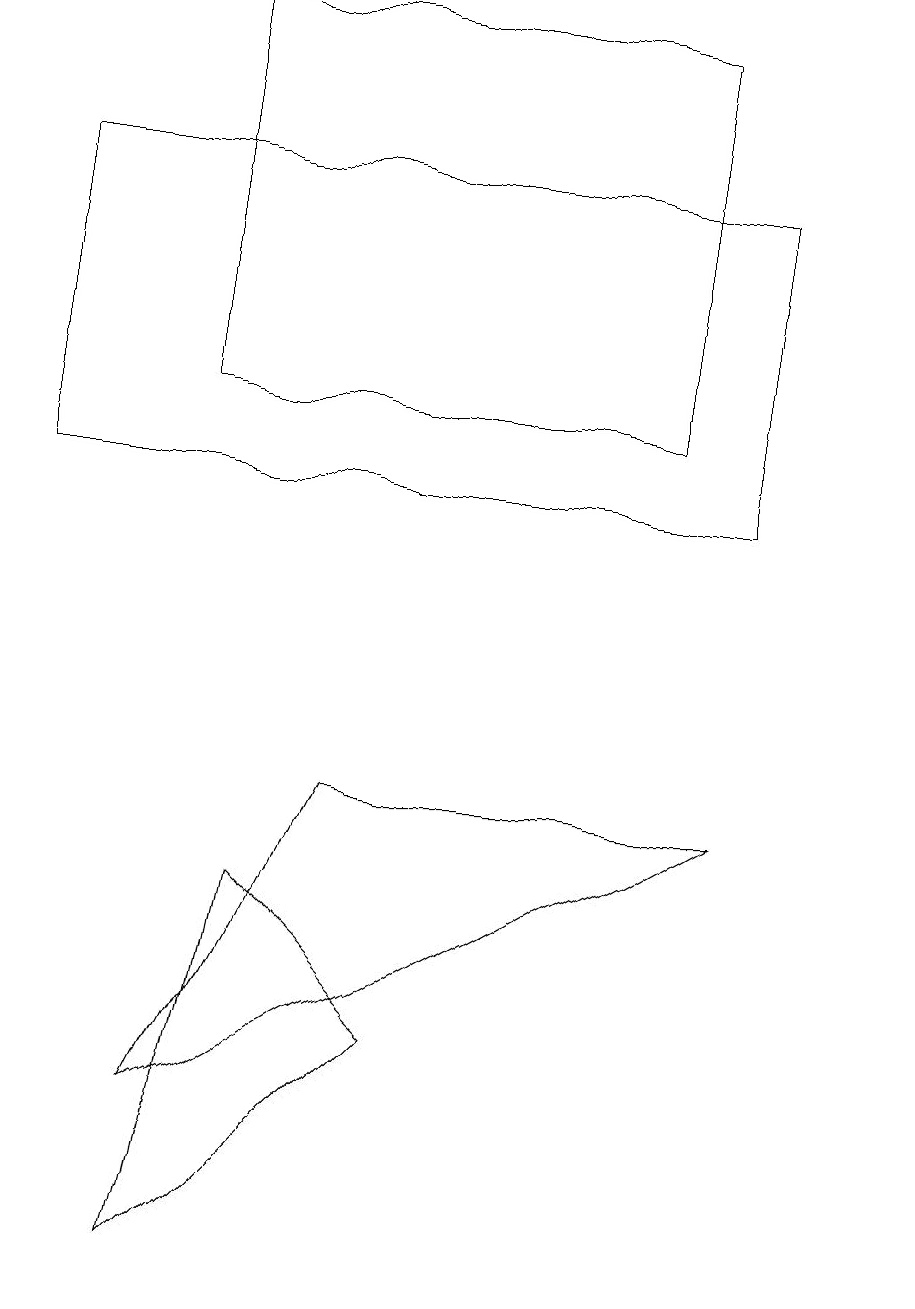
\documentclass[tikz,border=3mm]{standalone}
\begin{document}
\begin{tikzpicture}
\draw (3,7) -- (5,5) -- (2,2) -- cycle;
\draw (11,10) circle (0);
\draw (9,8) -- (4,8) -- (2,4) -- cycle;
\draw (2,13) rectangle (8,18);
\draw (0,12) rectangle (9,16);
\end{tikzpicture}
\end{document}